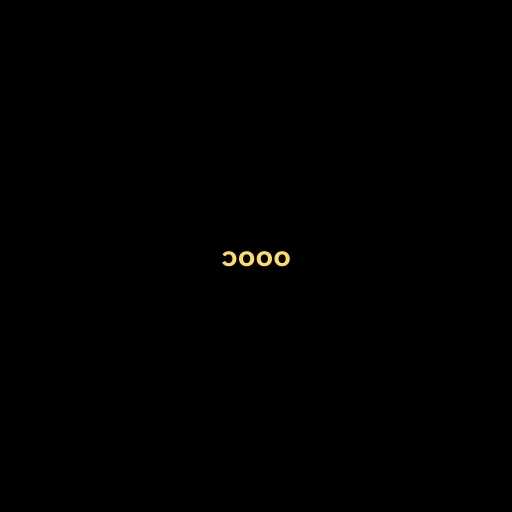
၁၀၀၀